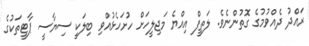
ރައްދު ދެއްވުމުގެ ގޮތުންނެވެ. ލަތީފް އިއްޔެ މަޖިލީހަށް ހުށަހެޅުއްވި ބިލަކީ ސިޔާސީ ޕާޓީތަކުގެ